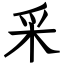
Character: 采